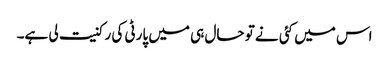
اس میں کئی نے تو حال ہی میں پارٹی کی رکنیت لی ہے۔